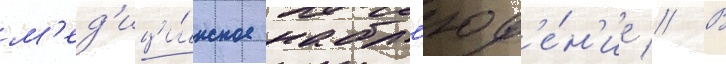
м'ед'ици́нское набл'юд'е́н'ие // В